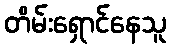
တိမ်းရှောင်နေသူ